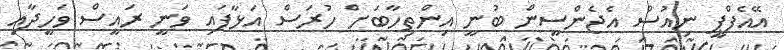
އޭއެފްޕީ ނިއުސް އެޖެންސީން ބުނީ އިންތިހާބަށް ހުރަސް އަޅާފައި ވަނީ ރައީސް ވަހީދާއި